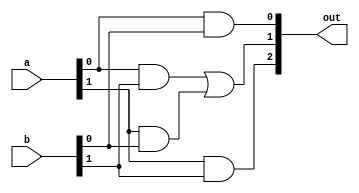
module multiplier_2x2(
    input  wire [1:0] a,
    input  wire [1:0] b,
    output wire [2:0] out
);

assign out[0] = a[0] & b[0];
assign out[1] = (a[0] & b[1] ) | (a[1] & b[0]);
assign out[2] = (a[1] & b[1]);

endmodule